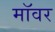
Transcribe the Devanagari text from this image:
मॉवर